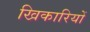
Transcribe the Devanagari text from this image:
खिकारियों